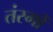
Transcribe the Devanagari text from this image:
तंरगोँ